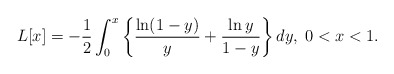
\begin{align*}L[x]=-\frac{1}{2}\int_{0}^{x}\left\{\frac{\ln(1-y)}{y}+\frac{\ln y}{1-y}\right\}dy,\; 0 < x < 1.\end{align*}